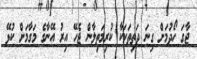
ޖާގަ ހޯދުމަށް ގިނަ ދަތިތަކަކާ ކުރިމަތިލާން ޖެހޭ އިރު އޭނާގެ މަގާމަށް ކުޅޭ